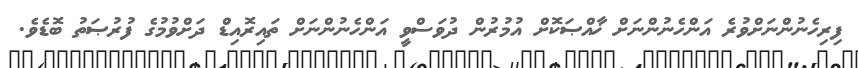
ފިރިހެނުންނަށްވުރެ އަންހެނުންނަށް ޚާއްޞަކޮށް އުމުރުން ދުވަސްވީ އަންހެނުންނަށް ތައިރޮއިޑް ދަށްވުމުގެ ފުރުޞަތު ބޮޑެވެ.